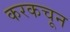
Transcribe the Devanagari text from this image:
करकचून